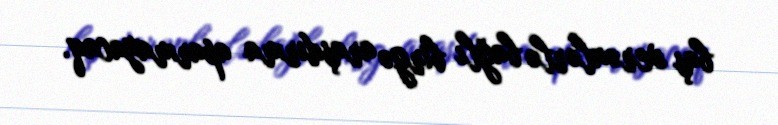
baş verənlərlə bağlı birgə araşdırma aparmayacaq.